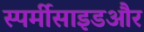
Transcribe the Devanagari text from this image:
स्पर्मीसाइडऔर